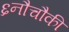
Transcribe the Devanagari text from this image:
६नौचौकी